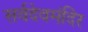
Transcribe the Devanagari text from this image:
सर्वदेवमंदिर